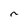
Character: n